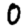
Digit: 0